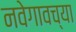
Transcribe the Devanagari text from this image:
नवेगावच्या